Vaccination in Burma 1920-1933 - 1920-1933
Year: 1920
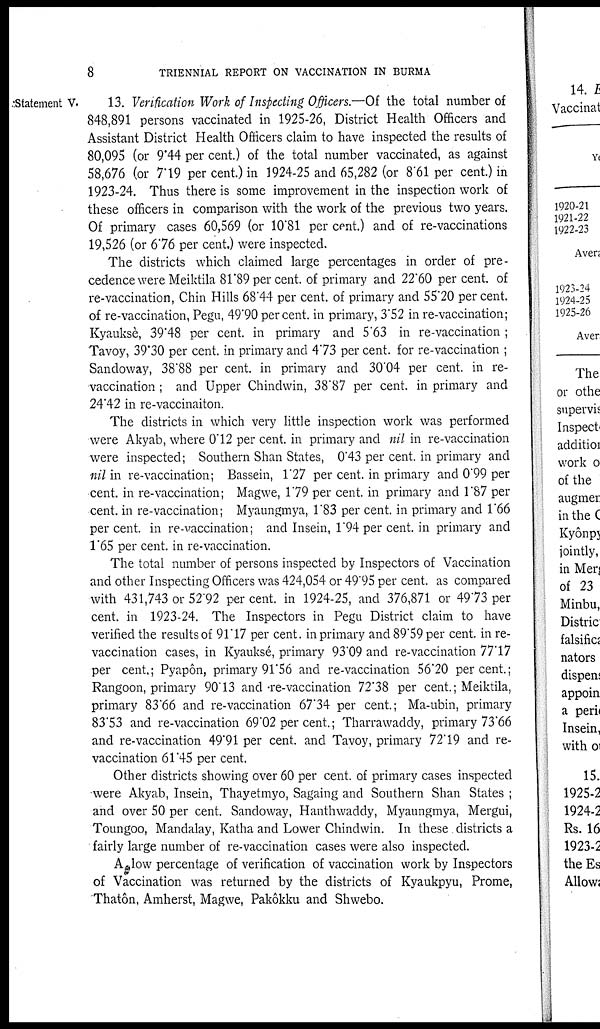
8
TRIENNIAL REPORT ON VACCINATION IN BURMA
Statement V.
13. Verification Work of Inspecting Officers.—Of the total number of
848,891 persons vaccinated in 1925-26, District Health Officers and
Assistant District Health Officers claim to have inspected the results of
80,095 (or 9.44 per cent.) of the total number vaccinated, as against
58,676 (or 7.19 per cent.) in 1924-25 and 65,282 (or 8.61 per cent.) in
1923-24. Thus there is some improvement in the inspection work of
these officers in comparison with the work of the previous two years.
Of primary cases 60,569 (or 10.81 per cent.) and of re-vaccinations
19,526 (or 6.76 per cent.) were inspected.
The districts which claimed large percentages in order of pre-
cedence were Meiktila 81.89 per cent. of primary and 22'60 per cent. of
re-vaccination, Chin Hills 68.44 per cent. of primary and 55'20 per cent.
of re-vaccination, Pegu, 49.90 per cent. in primary, 3.52 in re-vaccination;
Kyauksè, 39.48 per cent. in primary and 5.63 in re-vaccination ;
Tavoy, 39.30 per cent. in primary and 4.73 per cent. for re-vaccination ;
Sandoway, 38.88 per cent. in primary and 30.04 per cent. in re-
vaccination ; and Upper Chindwin, 38.87 per cent. in primary and
24.42 in re-vaccinaiton.
The districts in which very little inspection work was performed
were Akyab, where 0.12 per cent. in primary and nil in re-vaccination
were inspected; Southern Shan States, 0'43 per cent. in primary and
nil in re-vaccination; Bassein, 1.27 per cent. in primary and 0.99 per
cent. in re-vaccination; Magwe, 1.79 per cent. in primary and 1.87 per
cent. in re-vaccination; Myaungmya, 1.83 per cent. in primary and 1.66
per cent. in re-vaccination; and Insein, 1.94 per cent. in primary and
1.65 per cent. in re-vaccination.
The total number of persons inspected by Inspectors of Vaccination
and other Inspecting Officers was 424,054 or 49.95 per cent. as compared
with 431,743 or 52.92 per cent. in 1924-25, and 376,871 or 49.73 per
cent. in 1923-24. The Inspectors in Pegu District claim to have
verified the results of 91.17 per cent. in primary and 89.59 per cent. in re-
vaccination cases, in Kyauksé, primary 93.09 and re-vaccination 77.17
per cent.; Pyapôn, primary 91.56 and re-vaccination 56.20 percent.;
Rangoon, primary 90.13 and re-vaccination 72.38 per cent.; Meiktila,
primary 83.66 and re-vaccination 67.34 per cent.; Ma-ubin, primary
83.53 and re-vaccination 69.02 per cent.; Tharrawaddy, primary 73.66
and re-vaccination 49.91 per cent. and Tavoy, primary 72.19 and re-
vaccination 61.45 per cent.
Other districts showing over 60 per cent. of primary cases inspected
were Akyab, Insein, Thayetmyo, Sagaing and Southern Shan States ;
and over 50 per cent. Sandoway, Hanthwaddy, Myaungmya, Mergui,
Toungoo, Mandalay, Katha and Lower Chindwin. In these districts a
fairly large number of re-vaccination cases were also inspected.
A low percentage of verification of vaccination work by Inspectors
of Vaccination was returned by the districts of Kyaukpyu, Prome,
Thatôn, Amherst, Magwe, Pakôkku and Shwebo.